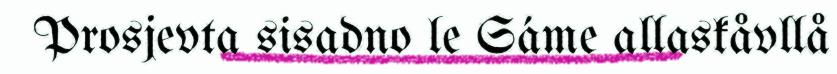
Prosjevta sisadno le Sáme allaskåvllå